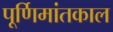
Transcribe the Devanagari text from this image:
पूर्णिमांतकाल